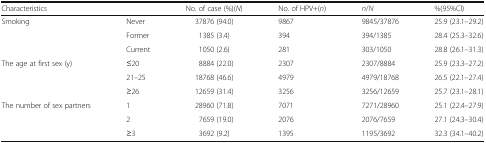
<table><thead><tr><td><b>Characteristics</b></td><td></td><td><b>No. of case (%)(<i>N</i>)</b></td><td><b>No. of HPV+(<i>n</i>)</b></td><td><b><i>n</i>/<i>N</i></b></td><td><b>%(95%CI)</b></td></tr></thead><tbody><tr><td rowspan="3">Smoking</td><td>Never</td><td>37876 (94.0)</td><td>9867</td><td>9845/37876</td><td>25.9 (23.1–29.2)</td></tr><tr><td>Former</td><td>1385 (3.4)</td><td>394</td><td>394/1385</td><td>28.4 (25.3–32.6)</td></tr><tr><td>Current</td><td>1050 (2.6)</td><td>281</td><td>303/1050</td><td>28.8 (26.1–31.3)</td></tr><tr><td rowspan="3">The age at first sex (y)</td><td>≤20</td><td>8884 (22.0)</td><td>2307</td><td>2307/8884</td><td>25.9 (23.3–27.2)</td></tr><tr><td>21–25</td><td>18768 (46.6)</td><td>4979</td><td>4979/18768</td><td>26.5 (22.1–27.4)</td></tr><tr><td>≥26</td><td>12659 (31.4)</td><td>3256</td><td>3256/12659</td><td>25.7 (23.1–28.1)</td></tr><tr><td rowspan="3">The number of sex partners</td><td>1</td><td>28960 (71.8)</td><td>7071</td><td>7271/28960</td><td>25.1 (22.4–27.9)</td></tr><tr><td>2</td><td>7659 (19.0)</td><td>2076</td><td>2076/7659</td><td>27.1 (24.3–30.4)</td></tr><tr><td>≥3</td><td>3692 (9.2)</td><td>1395</td><td>1195/3692</td><td>32.3 (34.1–40.2)</td></tr></tbody></table>